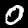
Label: 0